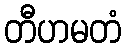
တီဟမတံ